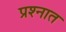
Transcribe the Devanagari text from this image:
प्रश्‍नात